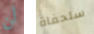
أن سلحفاة